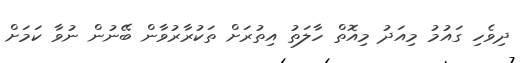
ދިވެހި ގައުމު މިއަދު މިއޮތް ހާލަތު އިތުރަށް ތަކުރާރުވާން ބޭނުން ނުވާ ކަމަށް